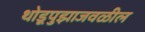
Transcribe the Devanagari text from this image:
थोडूपुझाजवळील